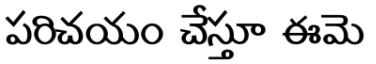
పరిచయం చేస్తూ ఈమె